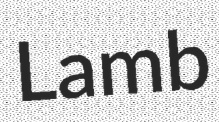
Lamb